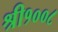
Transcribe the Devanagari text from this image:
श्री१००८